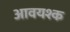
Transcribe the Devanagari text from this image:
आवयश्क